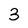
Character: 3